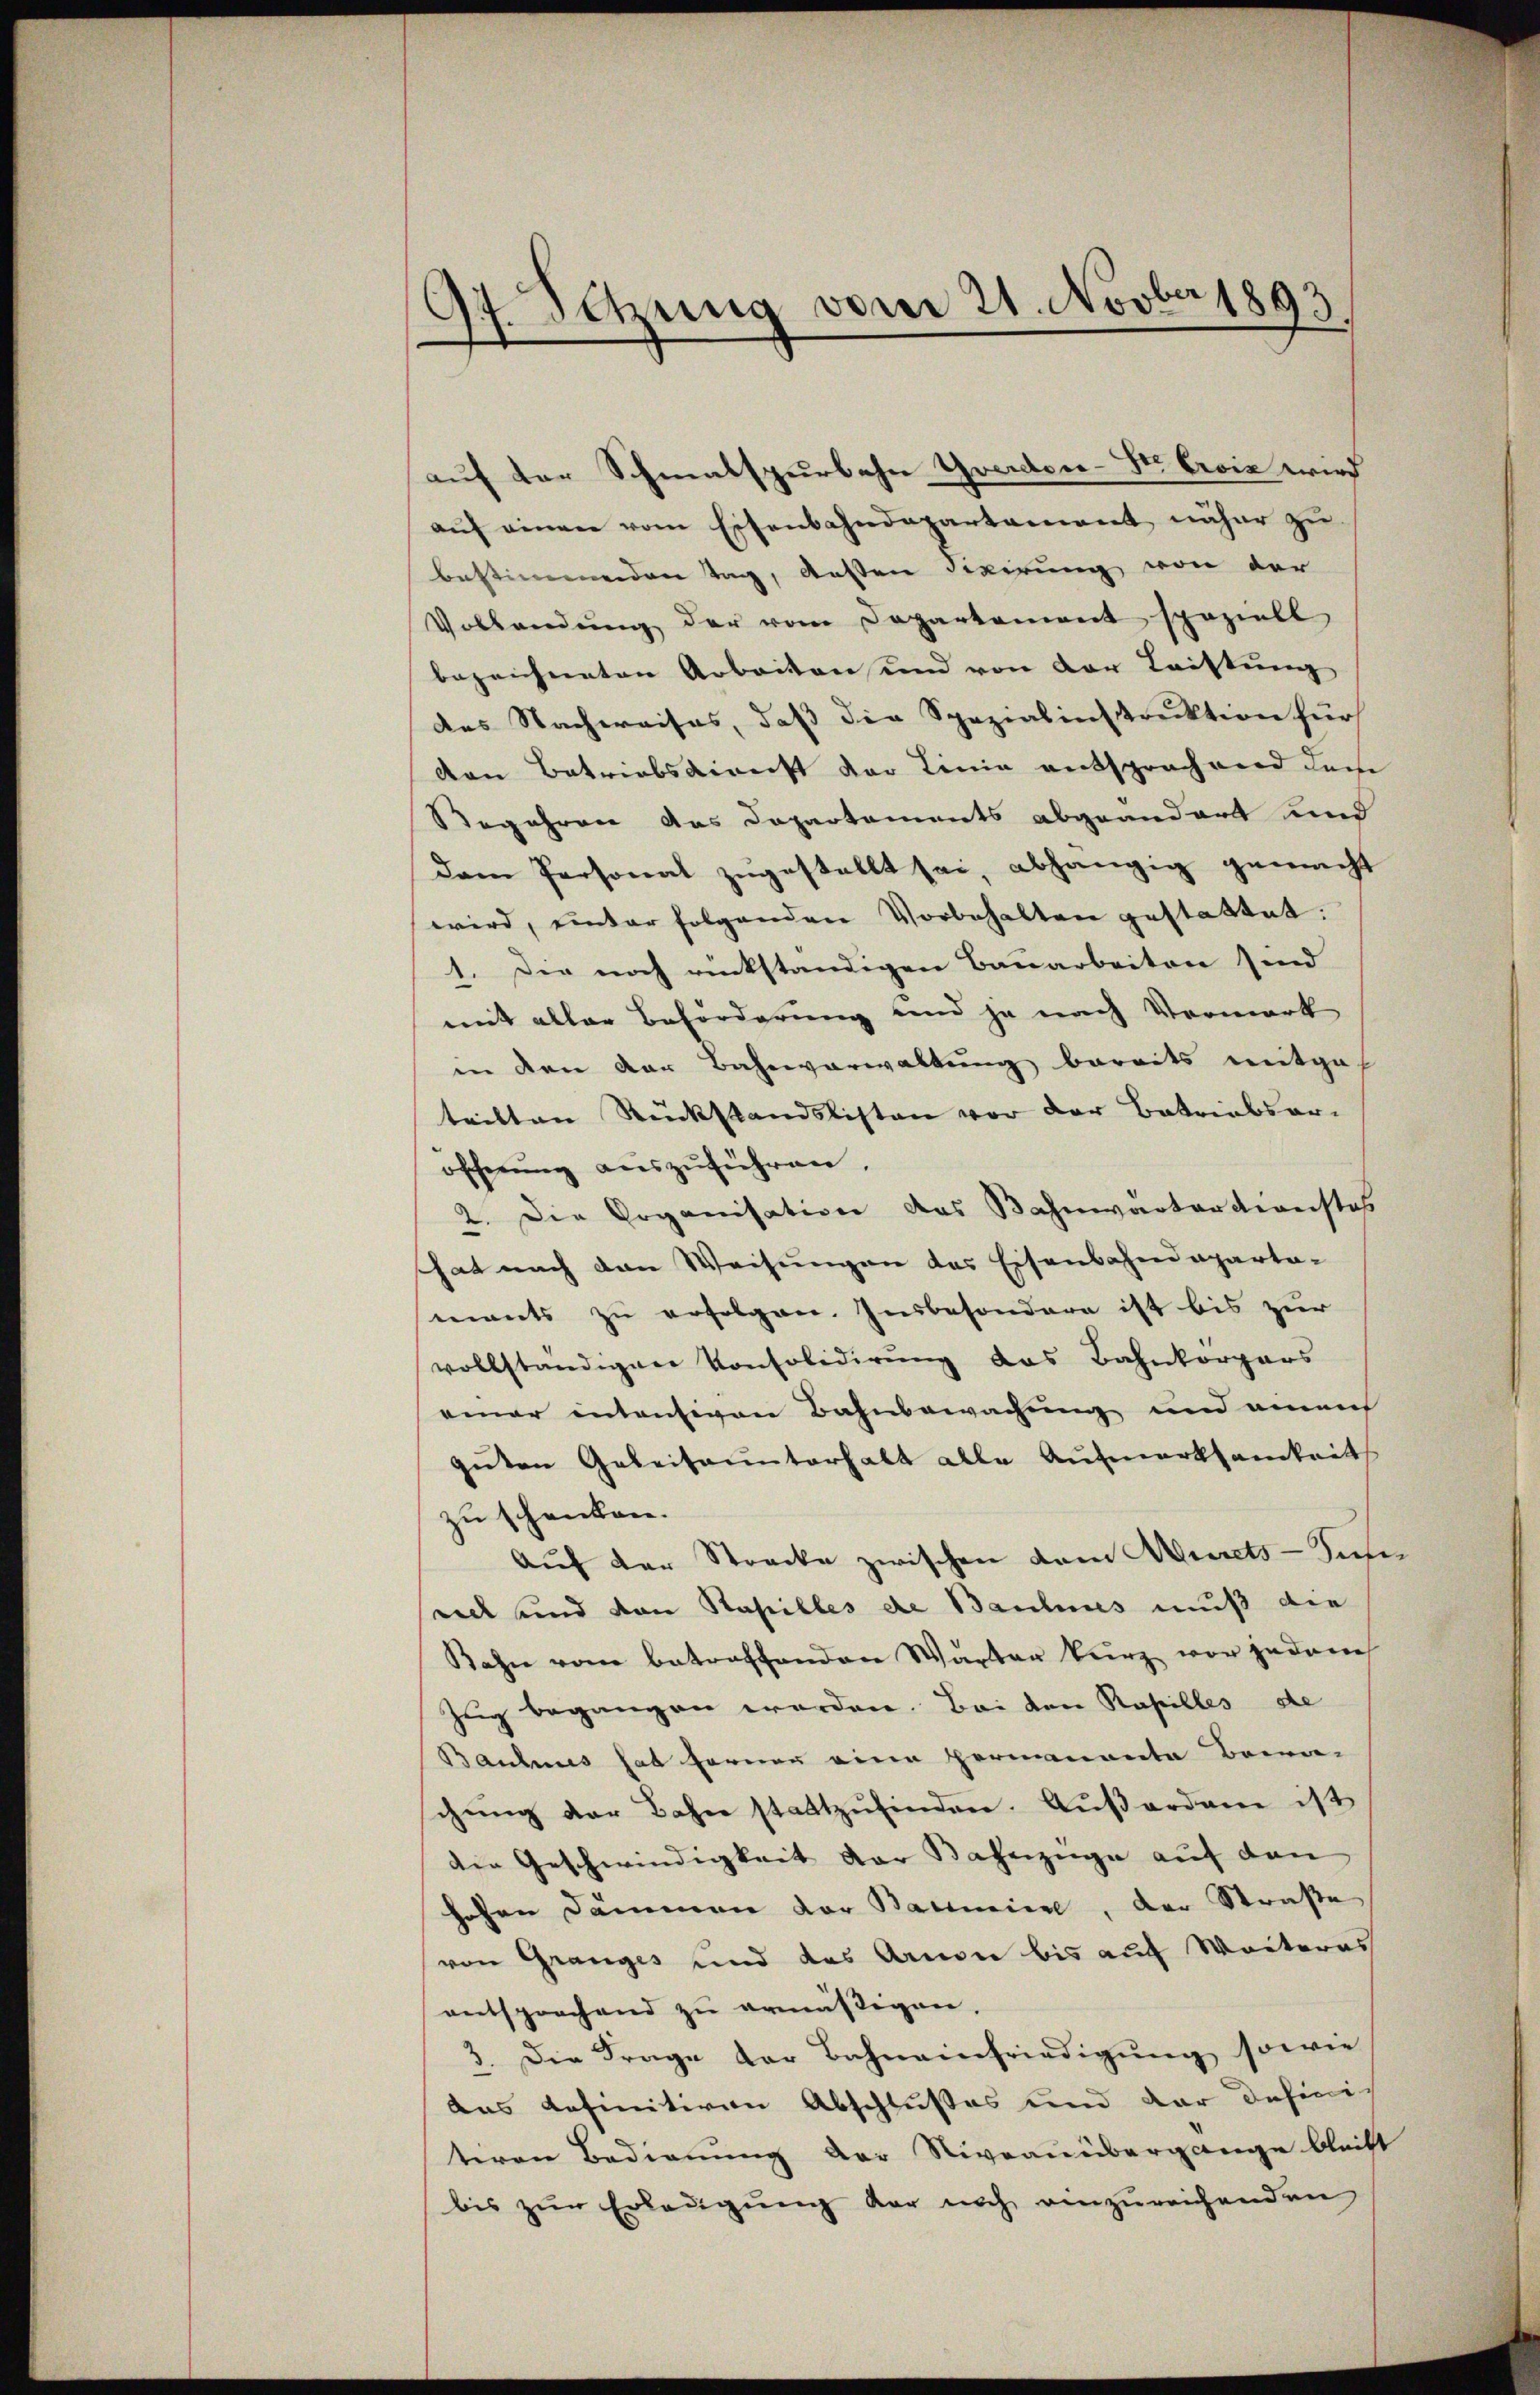
97. Setzung vom 21. Novber 1893.

auf der Schmalspurbahn Yverdon-St. Gevie wird
aŭf einen vom Eisenbahndepartament näher zu
bestimmenden Tag, besten Fixirung von der
Vollendŭng der vom Departement speziell
bezeichneten Arbeiten und von der Leistung
des Nachweises, daß die Spezialinstruktion für
den Betriebsdirecht der Linie entsprachend dem
egehren das Departements abgeändert und
dem Personat zugestellt sei, abhängig gemacht
wird, unter folgenden Vorbehalten gestattet:
1. Die noch rückständigen Bauarbeiten sind
mit aller Beförderung und ja nach Vormerk
in den der Bahnverwaltung bereits mitgeh
teilten Rückstandslisten vor der Betriebsar-
öffnung auszuführen.
2. Die Organisation das Bahnwärtertionstes
hat nach den Weisungen das Eisenbahndeparta-
mants zu erfolgen. Insbesondere ist bis zur
vollständigen Konsolidirung das Bahnkorpars
einer intensiven Bahnbewachung und einen
guten Geleitunterhalt alle Aufmerksamkeit
zu schenken.
Auf der Strecke zwischen dem Meerets-Super
viel und von Kapilles de Baulius muß die
Kahn vom betreffenden Wärter kurz vor jedene
Zug begangen worden. Bei den Rapilles de
Bauhmes hat fernen eine Hermante Bana-
schŭng der Bahn stattzŭfinden. Aŭβerdame ist
die Geschwindigkeit der Bahnzüge auf den
hohen Dämmen vor Barmier, der Straße
von Granges und des Armen bis auf Weiteres
entsprochend zu ermäßigen.
3. Die Frage der Bahnainfriedigŭng sowie
das definitiven Abschlußes und der defini-
teren Bedienung der Niveauübergange bleibt
bis zŭr Erledigŭng der noch einzŭreichenden